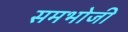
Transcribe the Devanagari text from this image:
समभोजी